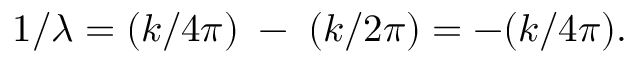
1 / \lambda = ( k / 4 \pi ) \; - \; ( k / 2 \pi ) = - ( k / 4 \pi ) .